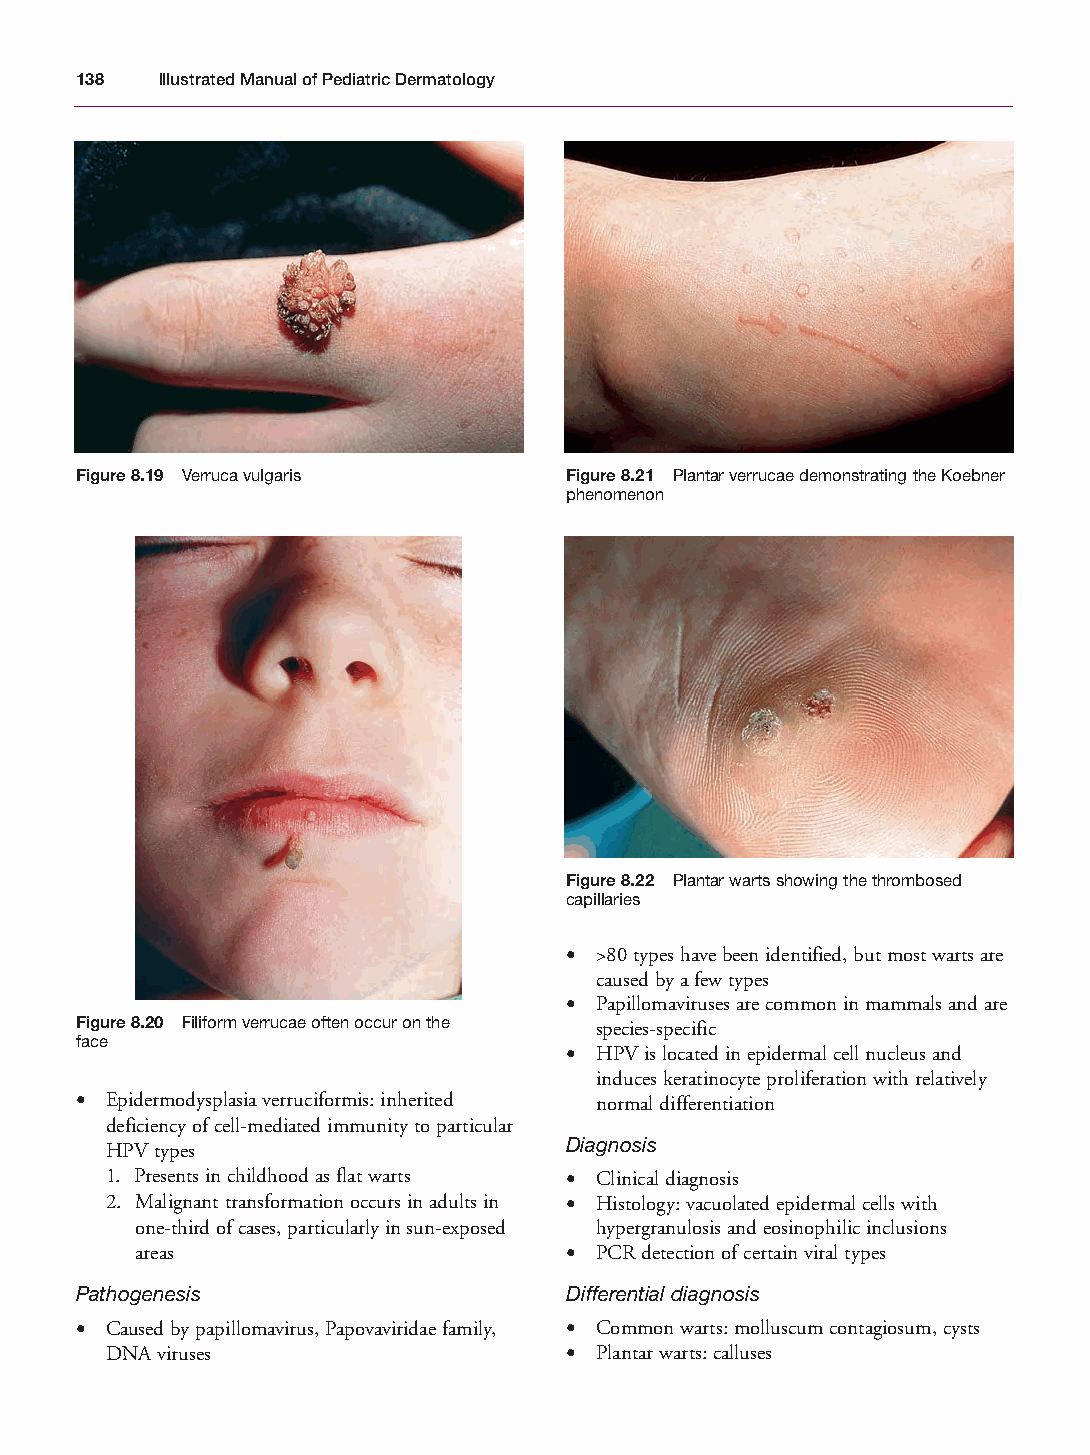
Mallory Chapter 08 27/1/05 2:00 pm Page 138
 138  Illustrated Manual of Pediatric Dermatology
 Figure 8.19 Verruca vulgaris    Figure 8.21 Plantar verrucae demonstrating the Koebner
 phenomenon
 Figure 8.22 Plantar warts showing the thrombosed
 capillaries
 • >80 types have been identified, but most warts are
 caused by a few types
 • Papillomaviruses are common in mammals and are
 Figure 8.20 Filiform verrucae often occur on the species-specific
 face
 • HPV is located in epidermal cell nucleus and
 induces keratinocyte proliferation with relatively
 • Epidermodysplasia verruciformis: inherited normal differentiation
 deficiency of cell-mediated immunity to particular
 Diagnosis
 HPV types
 1. Presents in childhood as flat warts • Clinical diagnosis
 2. Malignant transformation occurs in adults in • Histology: vacuolated epidermal cells with
 one-third of cases, particularly in sun-exposed hypergranulosis and eosinophilic inclusions
 areas                       • PCR detection of certain viral types
 Pathogenesis                    Differential diagnosis
 • Caused by papillomavirus, Papovaviridae family, • Common warts: molluscum contagiosum, cysts
 DNA viruses                   • Plantar warts: calluses